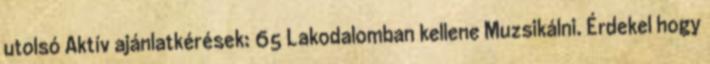
utolsó Aktív ajánlatkérések: 65 Lakodalomban kellene Muzsikálni. Érdekel hogy